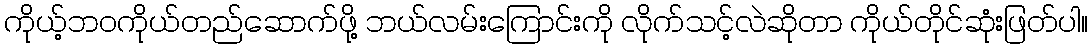
ကိုယ့်ဘဝကိုယ်တည်ဆောက်ဖို့ ဘယ်လမ်းကြောင်းကို လိုက်သင့်လဲဆိုတာ ကိုယ်တိုင်ဆုံးဖြတ်ပါ။